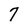
Character: 7